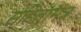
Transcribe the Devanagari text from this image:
संहितामंत्र